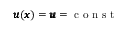
{ \pmb u } ( { \pmb x } ) = { \pmb u } = \mathrm { ~ c ~ o ~ n ~ s ~ t ~ }